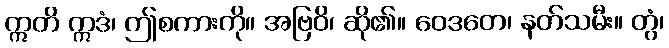
ဣတိ ဣဒံ၊ ဤစကားကို။ အဗြဝိ၊ ဆို၏။ ဝေဒတေ၊ နတ်သမီး။ တွံ၊